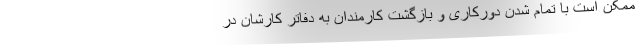
ممکن است با تمام شدن دورکاری و بازگشت کارمندان به دفاتر کارشان در